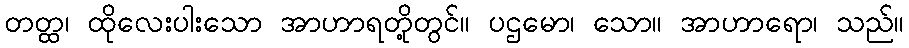
တတ္ထ၊ ထိုလေးပါးသော အာဟာရတို့တွင်။ ပဌမော၊ သော။ အာဟာရော၊ သည်။